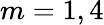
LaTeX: m=1,4